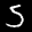
Label: 5